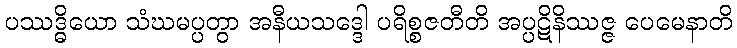
ပဿဒ္ဓိယော သံဃမပ္ပတွာ အနီယသဒ္ဒေါ ပရိစ္စဇတီတိ အပ္ပဋိနိဿဇ္ဇ ပေမေနာတိ